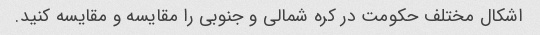
اشکال مختلف حکومت در کره شمالی و جنوبی را مقایسه و مقایسه کنید.